Scottish Leaving Certificate Examination, 1954
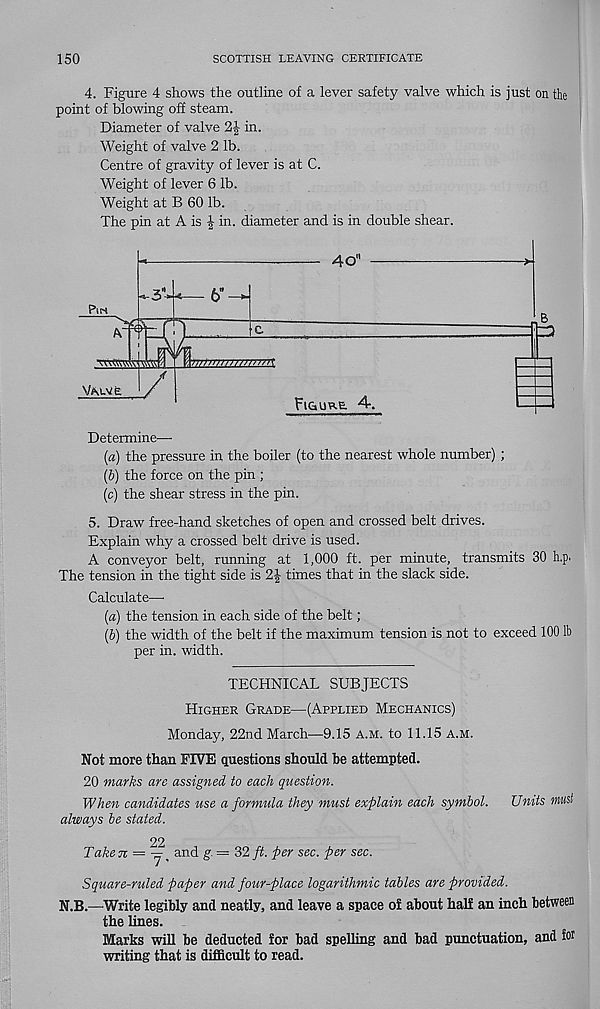
150
SCOTTISH LEAVING CERTIFICATE
4. Figure 4 shows the outline of a lever safety valve which is just on the
point of blowing off steam.
Diameter of valve 2J in.
Weight of valve 2 lb.
Centre of gravity of lever is at C.
Weight of lever 6 lb.
Weight at B 60 lb.
The pin at A is in. diameter and is in double shear.
4o'
6"
PiN
u3
valve.
Figure. 4-.
Determine—
(a) the pressure in the boiler (to the nearest whole number) ;
(b) the force on the pin ;
(c) the shear stress in the pin.
5. Draw free-hand sketches of open and crossed belt drives.
Explain why a crossed belt drive is used.
A conveyor belt, running at 1,000 ft. per minute, transmits 30 h.p.
The tension in the tight side is 2£ times that in the slack side.
Calculate—
(a) the tension in each side of the belt;
(b) the width of the belt if the maximum tension is not to exceed 100 lb
per in. width.
TECHNICAL SUBJECTS
Higher Grade—(Applied Mechanics)
Monday, 22nd March—9.15 a.m. to 11.15 a.m.
Not more than FIVE questions should be attempted.
20 marks arc assigned to each question.
When candidates use a formula they must explain each symbol. Units must
always be stated.
22
Taken = — ^ and g. = 32 ft. per sec. per sec.
Square-ruled paper and four-place logarithmic tables are provided.
N.B.—Write legibly and neatly, and leave a space of about half an inch between
the lines.
Marks will be deducted for bad spelling and bad punctuation, and Sot
writing that is difficult to read.